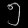
Digit: ၅